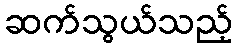
ဆက်သွယ်သည့်